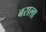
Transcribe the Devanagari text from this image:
बराला